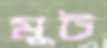
মুট